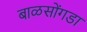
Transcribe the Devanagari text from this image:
बाळसोंगडा